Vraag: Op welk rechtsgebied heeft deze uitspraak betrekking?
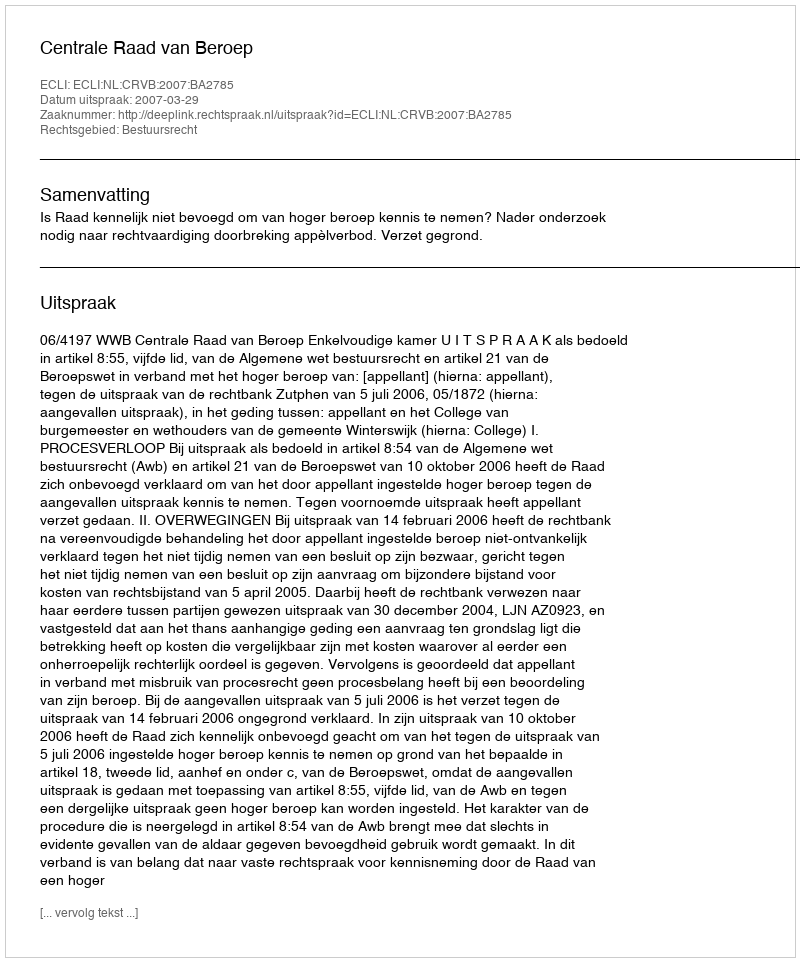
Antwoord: Bestuursrecht